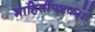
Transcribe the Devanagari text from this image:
माहितीपत्रकांचे